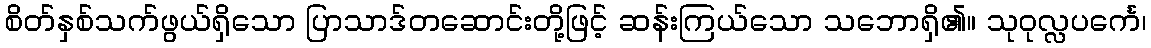
စိတ်နှစ်သက်ဖွယ်ရှိသော ပြာသာဒ်တဆောင်းတို့ဖြင့် ဆန်းကြယ်သော သဘောရှိ၏။ သုဝုလ္လပင်္ကေ၊